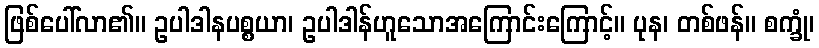
ဖြစ်ပေါ်လာ၏။ ဥပါဒါနပစ္စယာ၊ ဥပါဒါန်ဟူသောအကြောင်းကြောင့်။ ပုန၊ တစ်ဖန်။ စက္ခုံ၊